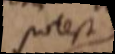
potest